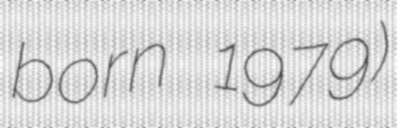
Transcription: born 1979)